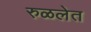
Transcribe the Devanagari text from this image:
रुळलेत